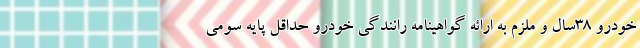
خودرو 38سال و ملزم به ارائه گواهينامه رانندگي خودرو حداقل پايه سومي